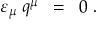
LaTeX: \varepsilon _ { \mu } \; q ^ { \mu } \; \; = \; \; 0 \; .